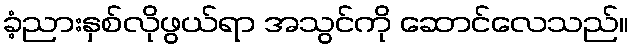
ခံ့ညားနှစ်လိုဖွယ်ရာ အသွင်ကို ဆောင်လေသည်။